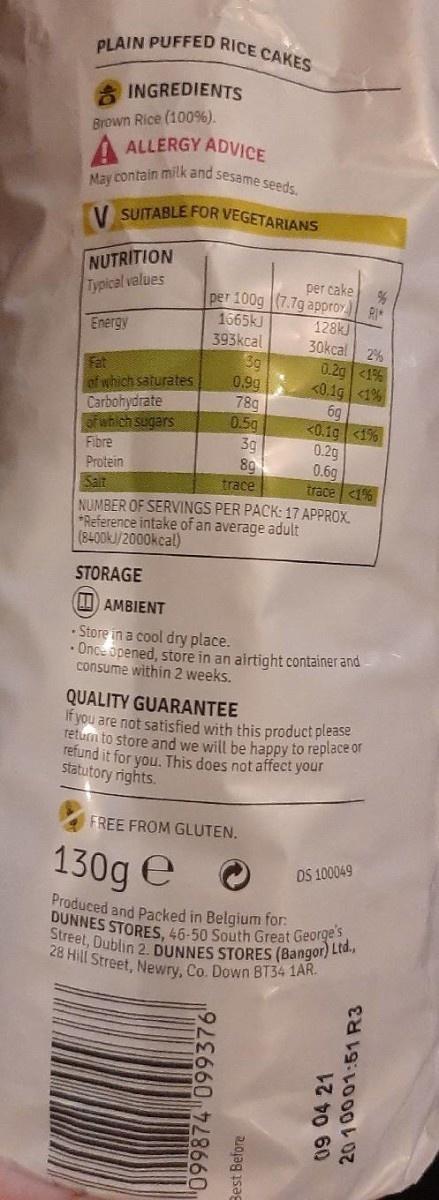
PLAIN PUFFED RICE CAKES
INGREDIENTS
Brown Rice (100%). A ALLERGY ADVICE May contain milk and sesame seeds.
V SUITABLE FOR VEGETARIANS
NUTRITION Typical values
per cake per 100g (7.7g approy RI 128KJ 30kcal
1665KJ
Energy
393kcal
2% 0.2g <1% <0.1g <1% 6g <0.1g <1% 0.2g 0.6g trace <1% NUMBER OF SERVINGS PER PACK: 17 APPROX.
3g 0.9g 78g 0.5g 3g 89 trace
Fat of which saturates Carbohydrate of which sugars
Fibre
Protein
Sait
*Reference intake of an average adult (8400KJ/2000kcal)
STORAGE
A) AMBIENT
Store in a cool dry place. Once opened, store in an airtight container and consume within 2 weeks.
QUALITY GUARANTEE If you are not satisfied with this product please returm to store and we will be happy to replace or refund it for you. This does not affect your statutory rights.
FREE FROM GLUTEN.
130g e
DS 100049
Produced and Packed in Belgium for: DUNNES STORES 46-50 South Great George Street, Dublin 2. DUNNES STORES (Bangor) Ltd., 28 Hill Street, Newry, Co. Down BT34 1AR.
"099874 099376"
09 04 21 2010001:51 R3